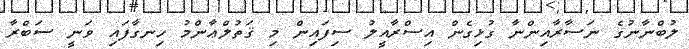
ލުބްނާނުގެ ނަސާރާއިންނާ ގުޅިގެން އިސްރާއީލު ސިފައިން މި ޤަތުލްޢާންމު ހިނގާފައި ވަނީ ސަބްރާ